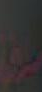
سعر